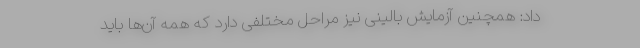
داد: همچنین آزمایش بالینی نیز مراحل مختلفی دارد که همه آن‌ها باید